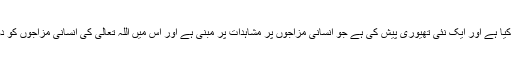
پروفیسر منور احمد نے انسانی مزاج پر بھی غوروفکر کیا ہے اور ایک نئی تھیوری پیش کی ہے جو انسانی مزاجوں پر مشاہدات پر مبنی ہے اور اس میں اللہ تعالیٰ کی انسانی مزاجوں کو دوحصوں میں تقسیم کرنے کی حکمت دریافت ہوئی ہے۔